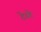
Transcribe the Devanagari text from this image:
टेरते